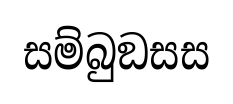
සම්බුඞසස